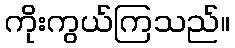
ကိုးကွယ်ကြသည်။